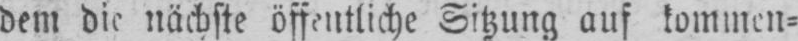
dem die nächste öffentliche Sitzung auf kommen⸗